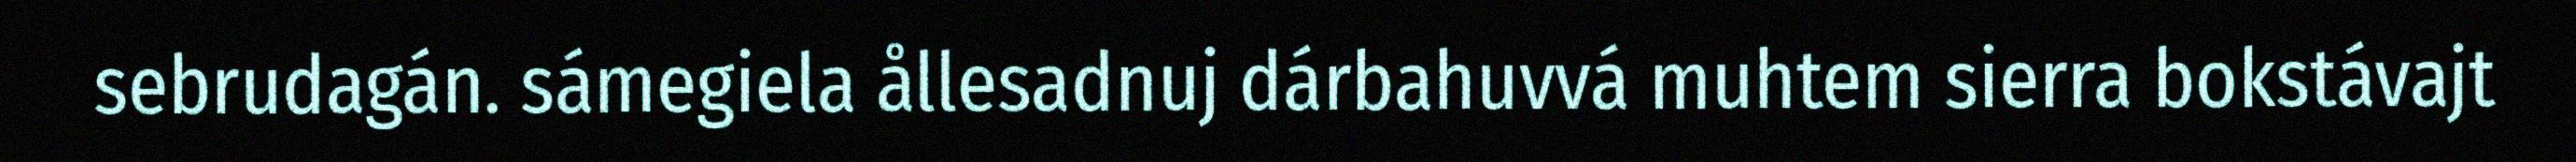
sebrudagán. sámegiela ållesadnuj dárbahuvvá muhtem sierra bokstávajt